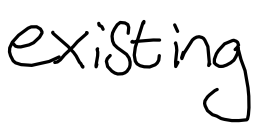
Text: existing
Cross-out: clean
Writing tool: digital_black